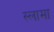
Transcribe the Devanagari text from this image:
स्लामा